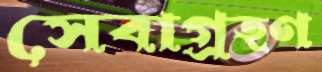
সেবাগ্রহণ